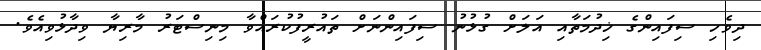
ދިވެހި ސިފައިންގެ ޚިދުމަތާއި އަލަށް ގުޅުނު ސިފައިންނަށް ތައުރީފުކުރައްވާ މިނިސްޓަރު މާރިޔާ ވިދާޅުވިއެވެ.